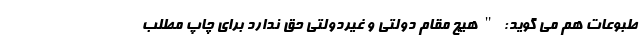
طبوعات هم می گوید: "هیچ مقام دولتی و غیردولتی حق ندارد برای چاپ مطلب